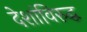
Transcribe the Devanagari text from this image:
देशांविरुद्ध